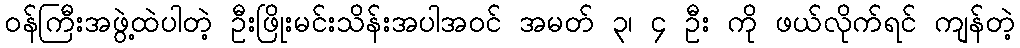
ဝန်ကြီးအဖွဲ့ထဲပါတဲ့ ဦးဖြိုးမင်းသိန်းအပါအဝင် အမတ် ၃၊ ၄ ဦး ကို ဖယ်လိုက်ရင် ကျန်တဲ့